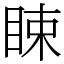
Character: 䀳